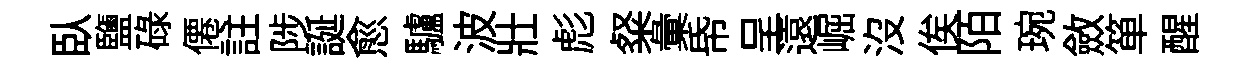
臥鹽碌僊註陟誕愈驢波壯彪粲彙帋呈遠崛沒俟陌琬斂箪醒